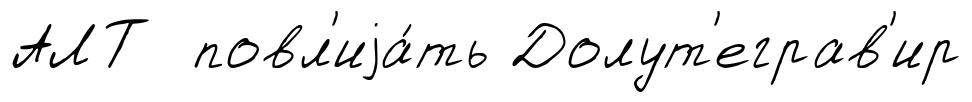
АЛТ повл'иjа́ть Долут'еграв'ир